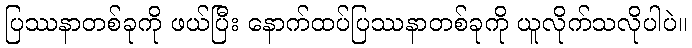
ပြဿနာတစ်ခုကို ဖယ်ပြီး နောက်ထပ်ပြဿနာတစ်ခုကို ယူလိုက်သလိုပါပဲ။